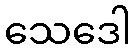
သေဒေါ